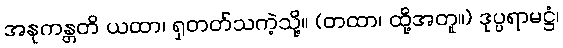
အနုကန္တတိ ယထာ၊ ရှတတ်သကဲ့သို့။ (တထာ၊ ထို့အတူ။) ဒုပ္ပရာမဋ္ဌံ၊